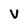
Character: V